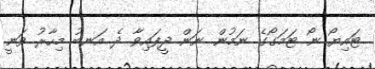
ޓައިޔޯ ނޯ ޓަމަގޯގެ ނަމުން ނަން ދީފައިވާ ދެ އަނބު މިހާރު ވަނީ